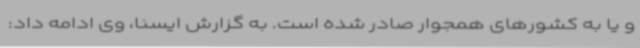
و یا به کشورهای همجوار صادر شده است. به گزارش ایسنا، وی ادامه داد: